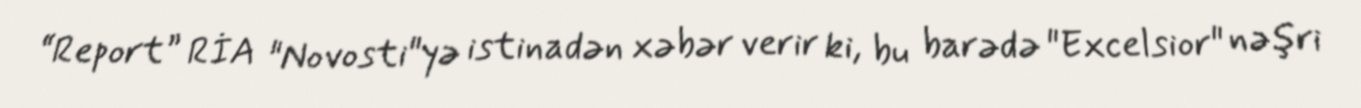
“Report” RİA "Novosti"yə istinadən xəbər verir ki, bu barədə "Excelsior" nəşri